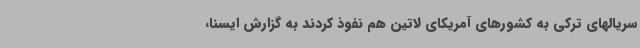
سریالهای ترکی به کشورهای آمریکای لاتین هم نفوذ کردند به گزارش ایسنا،